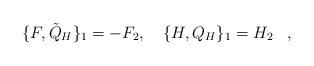
\begin{align*}\{F,{\tilde Q}_H\}_1=-F_2,\quad \{H,Q_H\}_1=H_2\,\,\,\,\,,\end{align*}